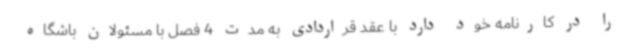
را در کارنامه خود دارد با عقد قراردادی به مدت 4 فصل با مسئولان باشگاه